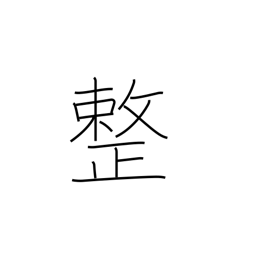
Meaning: meter